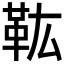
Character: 𩉦